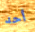
أحد